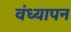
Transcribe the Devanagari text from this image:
वंध्यापन